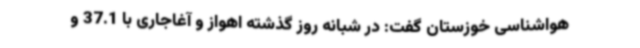
هواشناسی خوزستان گفت: در شبانه روز گذشته اهواز و آغاجاری با 37.1 و